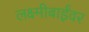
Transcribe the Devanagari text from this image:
लक्ष्मीबाईंवर